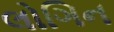
લોગિન